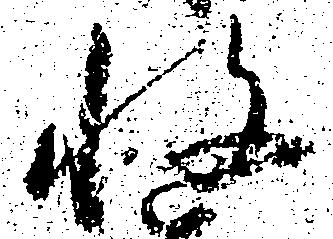
将